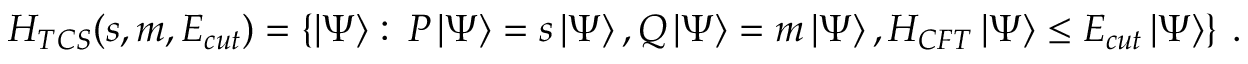
{ \cal H } _ { T C S } ( s , m , E _ { c u t } ) = \left\{ \left| \Psi \right\rangle : \: P \left| \Psi \right\rangle = s \left| \Psi \right\rangle , Q \left| \Psi \right\rangle = m \left| \Psi \right\rangle , H _ { C F T } \left| \Psi \right\rangle \leq E _ { c u t } \left| \Psi \right\rangle \right\} \: .